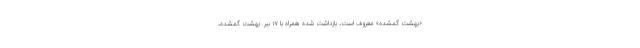
«بهشت گمشده» معروف است، بازداشت شده همراه با ۱۷ ببر. بهشت گمشده،